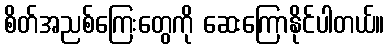
စိတ်အညစ်ကြေးတွေကို ဆေးကြောနိုင်ပါတယ်။